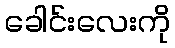
ခေါင်းလေးကို